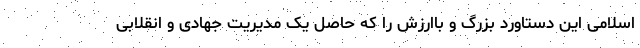
اسلامی این دستاورد بزرگ و باارزش را که حاصل یک مدیریت جهادی و انقلابی